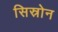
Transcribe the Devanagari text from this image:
सिस्रोन